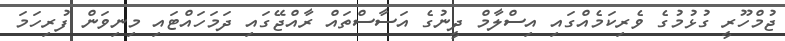
ޖުމްހޫރީ ގުޅުމުގެ ވެރިކަމެއްގައި އިސްލާމް ދީނުގެ އަސާސްތައް ރާއްޖޭގައި ދަމަހައްޓައި މިނިވަން ފުރިހަމަ